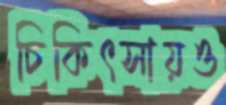
চিকিৎসায়ও